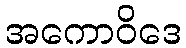
အကောဝိဒေ